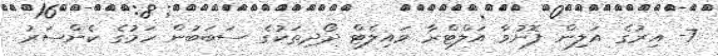
7- އިރުގެ އަލިން ފޮނުވާ އަލްޓްރާ ވައިލެޓް ދޯދިތަކުގެ ސަބަބުން ހަމުގެ ކެންސަރު